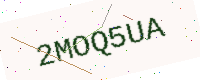
Text: 2MOQ5UA